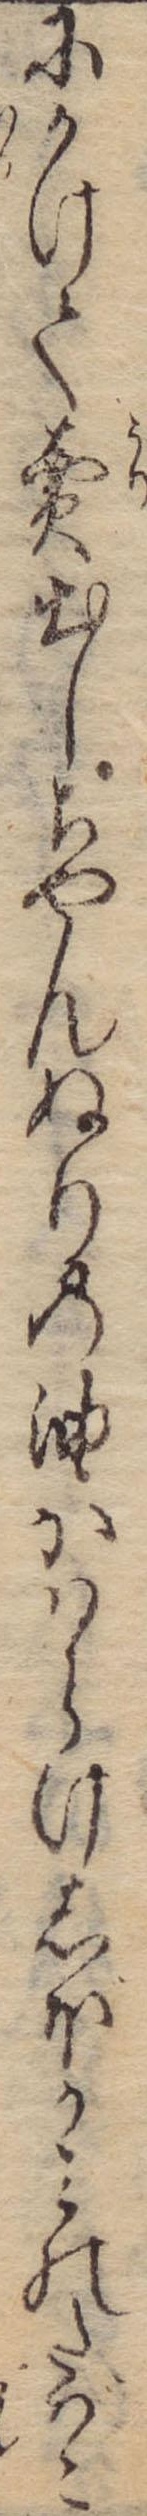
にかけて売出しちやんぬりの油かはらけしぼがみのたばこ